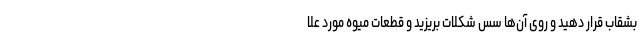
بشقاب قرار دهید و روی آن‌ها سس شکلات بریزید و قطعات میوه مورد علا